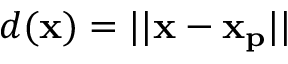
d ( \mathbf { x } ) = | | \mathbf { x } - \mathbf { x _ { p } } | |